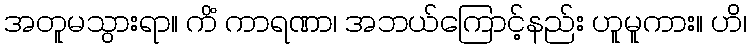
အတူမသွားရာ။ ကိံ ကာရဏာ၊ အဘယ်ကြောင့်နည်း ဟူမူကား။ ဟိ၊